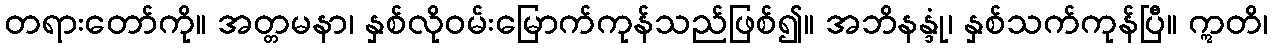
တရားတော်ကို။ အတ္တမနာ၊ နှစ်လိုဝမ်းမြောက်ကုန်သည်ဖြစ်၍။ အဘိနန္ဒုံ၊ နှစ်သက်ကုန်ပြီ။ ဣတိ၊